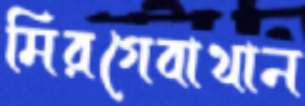
মিরগেবাথান